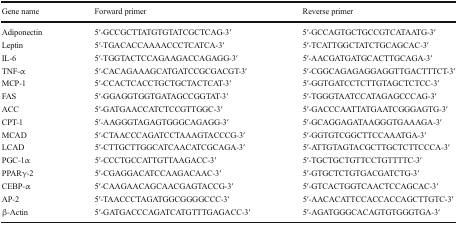
| Gene name | Forward primer | Reverse primer |
 | --- | --- | --- |
 | Adiponectin | 5′-GCCGCTTATGTGTATCGCTCAG-3′ | 5′-GCCAGTGCTGCCGTCATAATG-3′ |
 | Leptin | 5′-TGACACCAAAACCCTCATCA-3′ | 5′-TCATTGGCTATCTGCAGCAC-3′ |
 | IL-6 | 5′-TGGTACTCCAGAAGACCAGAGG-3′ | 5′-AACGATGATGCACTTGCAGA-3′ |
 | TNF-α | 5′-CACAGAAAGCATGATCCGCGACGT-3′ | 5′-CGGCAGAGAGGAGGTTGACTTTCT-3′ |
 | MCP-1 | 5′-CCACTCACCTGCTGCTACTCAT-3′ | 5′-GGTGATCCTCTTGTAGCTCTCC-3′ |
 | FAS | 5′-GGAGGTGGTGATAGCCGGTAT-3′ | 5′-TGGGTAATCCATAGAGCCCAG-3′ |
 | ACC | 5′-GATGAACCATCTCCGTTGGC-3′ | 5′-GACCCAATTATGAATCGGGAGTG-3′ |
 | CPT-1 | 5′-AAGGGTAGAGTGGGCAGAGG-3′ | 5′-GCAGGAGATAAGGGTGAAAGA-3′ |
 | MCAD | 5′-CTAACCCAGATCCTAAAGTACCCG-3′ | 5′-GGTGTCGGCTTCCAAATGA-3′ |
 | LCAD | 5′-CTTGCTTGGCATCAACATCGCAGA-3′ | 5′-ATTGTAGTACGCTTGCTCTTCCCA-3′ |
 | PGC-1α | 5′-CCCTGCCATTGTTAAGACC-3′ | 5′-TGCTGCTGTTCCTGTTTTC-3′ |
 | PPARγ-2 | 5′-CGAGGACATCCAAGACAAC-3′ | 5′-GTGCTCTGTGACGATCTG-3′ |
 | CEBP-α | 5′-CAAGAACAGCAACGAGTACCG-3′ | 5′-GTCACTGGTCAACTCCAGCAC-3′ |
 | AP-2 | 5′-TAACCCTAGATGGCGGGGCCC-3′ | 5′-AACACATTCCACCACCAGCTTGTC-3′ |
 | β-Actin | 5′-GATGACCCAGATCATGTTTGAGACC-3′ | 5′-AGATGGGCACAGTGTGGGTGA-3′ |